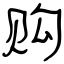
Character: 购